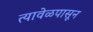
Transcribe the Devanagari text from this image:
त्यावेळपासून